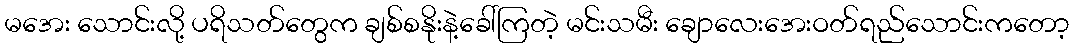
မအေး သောင်းလို့ ပရိသတ်တွေက ချစ်စနိုးနဲ့ခေါ်ကြတဲ့ မင်းသမီး ချောလေးအေးဝတ်ရည်သောင်းကတော့